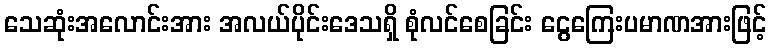
သေဆုံးအလောင်းအား အလယ်ပိုင်းဒေသရှိ စုံလင်စေခြင်း ငွေကြေးပမာဏအားဖြင့်